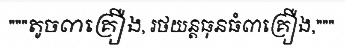
"""តូច៣គ្រឿង, រថយន្តធុនធំ៣គ្រឿង,"""